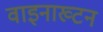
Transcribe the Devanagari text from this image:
वाइनाख्टन